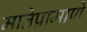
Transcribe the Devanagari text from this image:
मातेप्रामाणे